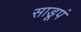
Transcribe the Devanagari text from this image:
साडूपं